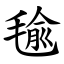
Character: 毺